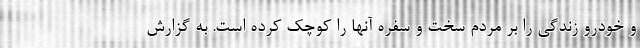
و خودرو زندگی را بر مردم سخت و سفره آنها را کوچک کرده است. به گزارش